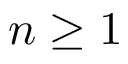
n \geq 1